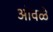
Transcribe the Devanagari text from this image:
ओवळे